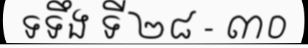
ទទឹង ទី ២៨ - ៣០